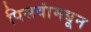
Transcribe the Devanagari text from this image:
पिसवांमधून